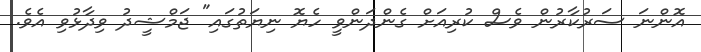
އޮންނަ ސަރުކާރުން ވެސް ކުރިއަށް ގެންދަންވީ ހެޔޮ ނިޔަތުގައި" ޖަމްޝީދު ވިދާޅުވި އެވެ.